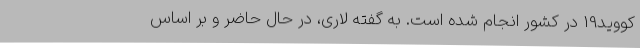
کووید19 در کشور انجام شده است. به گفته لاری، در حال حاضر و بر اساس